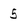
Character: 5